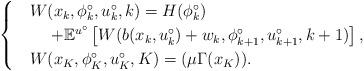
LaTeX: \begin{align*} \begin{aligned} \begin{cases} &W(x_k, \phi^\circ_k, u^\circ_k, k)=H(\phi^\circ_k)\\ &\ \ \ \ +\mathbb{E}^{u^\circ}\left[ W(b(x_k,u^\circ_k)+w_k, \phi^\circ_{k+1}, u^\circ_{k+1}, k+1) \right], \\ &W(x_K, \phi^\circ_K,u^\circ_K,K)= (\mu \Gamma(x_K)). \end{cases} \end{aligned}\end{align*}